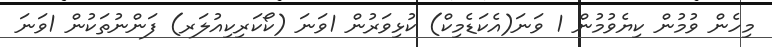
މިހެން ވުމުން ކިޔެވުމުން 1 ވަނަ(އެކަޑެމިކް) ކުޅިވަރުން 1ވަނަ (ކޯކަރިކިއުލަރ) ފަންނުތަކުން 1ވަނަ